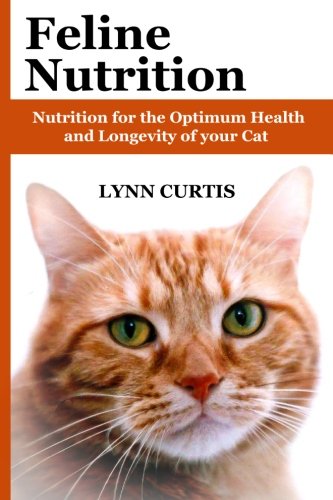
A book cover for Feline Nutrition: Nutrition for the Optimum Health and Longevity of your Cat; Lynn Curtis; Crafts, Hobbies & Home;